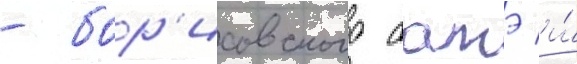
- бор'исовского батэ и́